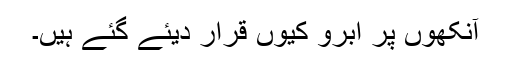
آنکھوں پر اَبرو کیوں قرار دیئے گئے ہیں۔